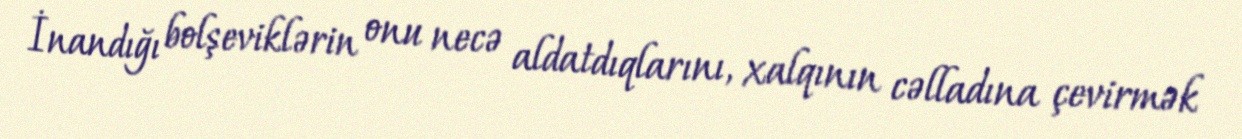
İnandığı bolşeviklərin onu necə aldatdıqlarını, xalqının cəlladına çevirmək